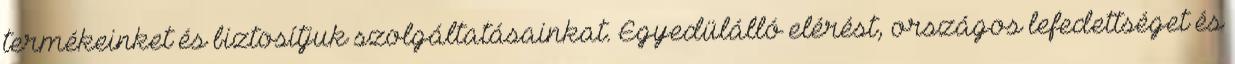
termékeinket és biztosítjuk szolgáltatásainkat. Egyedülálló elérést, országos lefedettséget és